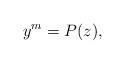
LaTeX: \begin{align*}y^m = P(z),\end{align*}